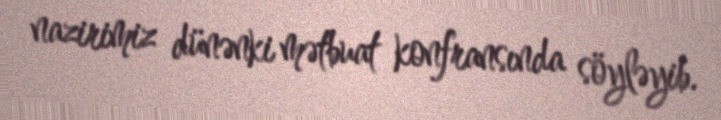
nazirimiz dünənki mətbuat konfransında söyləyib.